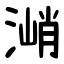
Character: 㴥